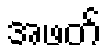
အဖတ်